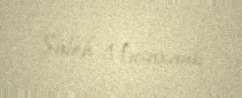
Saleh Musaxanlı